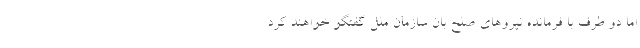
اما دو طرف با فرمانده نیروهای صلح بان سازمان ملل گفتگو خواهند کرد